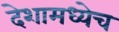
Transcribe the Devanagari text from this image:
देशामध्येच